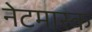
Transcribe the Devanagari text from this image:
नेटमास्क